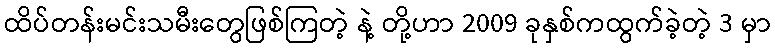
ထိပ်တန်းမင်းသမီးတွေဖြစ်ကြတဲ့ နဲ့ တို့ဟာ 2009 ခုနှစ်ကထွက်ခဲ့တဲ့ 3 မှာ